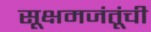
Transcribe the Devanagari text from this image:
सूक्षमजंतूंची